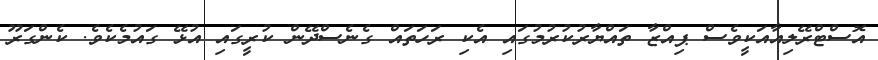
އޮސްޓްރޭލިއާއަކީވެސް ޕިއްޒާ ތައްޔާރުކުރުމުގައި އެކި ރަހަތައް ގެނެސްދޭން ކުރީގައި އުޅޭ ގައުމެކެވެ. ކެންގަރޫ